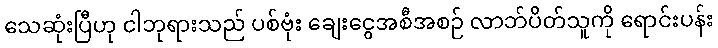
သေဆုံးပြီဟု ငါဘုရားသည် ပစ်ဗုံး ချေးငွေအစီအစဉ် လာဘ်ပိတ်သူကို ရောင်းပန်း